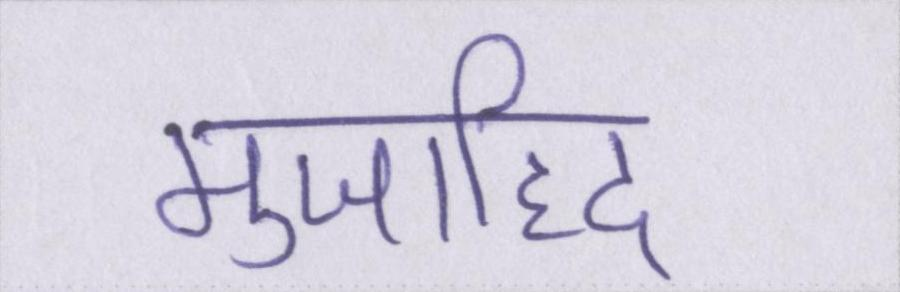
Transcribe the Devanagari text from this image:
मुजाहिद